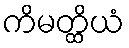
ကိမတ္ထိယံ